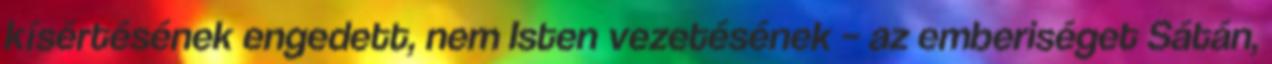
kísértésének engedett, nem Isten vezetésének – az emberiséget Sátán,